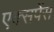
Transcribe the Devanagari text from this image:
एक्सपेंस